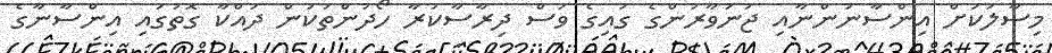
މިސާލަކަށް އިންސާނުންނާއި ޖަނަވާރުންގެ ގައިގެ ވަސް ދިރާސާކުރާ ހޯދުންތަކުން ދައްކާ ގޮތުގައި އިންސާނާގެ